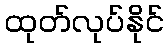
ထုတ်လုပ်နိုင်